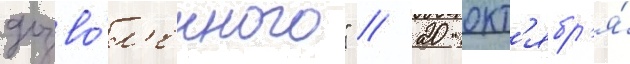
дозво́л'енного" // 20 окт'ябр'я́